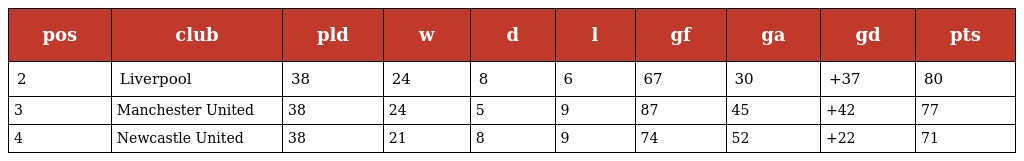
| pos | club | pld | w | d | l | gf | ga | gd | pts |
 | --- | --- | --- | --- | --- | --- | --- | --- | --- | --- |
 | 2 | Liverpool | 38 | 24 | 8 | 6 | 67 | 30 | +37 | 80 |
 | 3 | Manchester United | 38 | 24 | 5 | 9 | 87 | 45 | +42 | 77 |
 | 4 | Newcastle United | 38 | 21 | 8 | 9 | 74 | 52 | +22 | 71 |